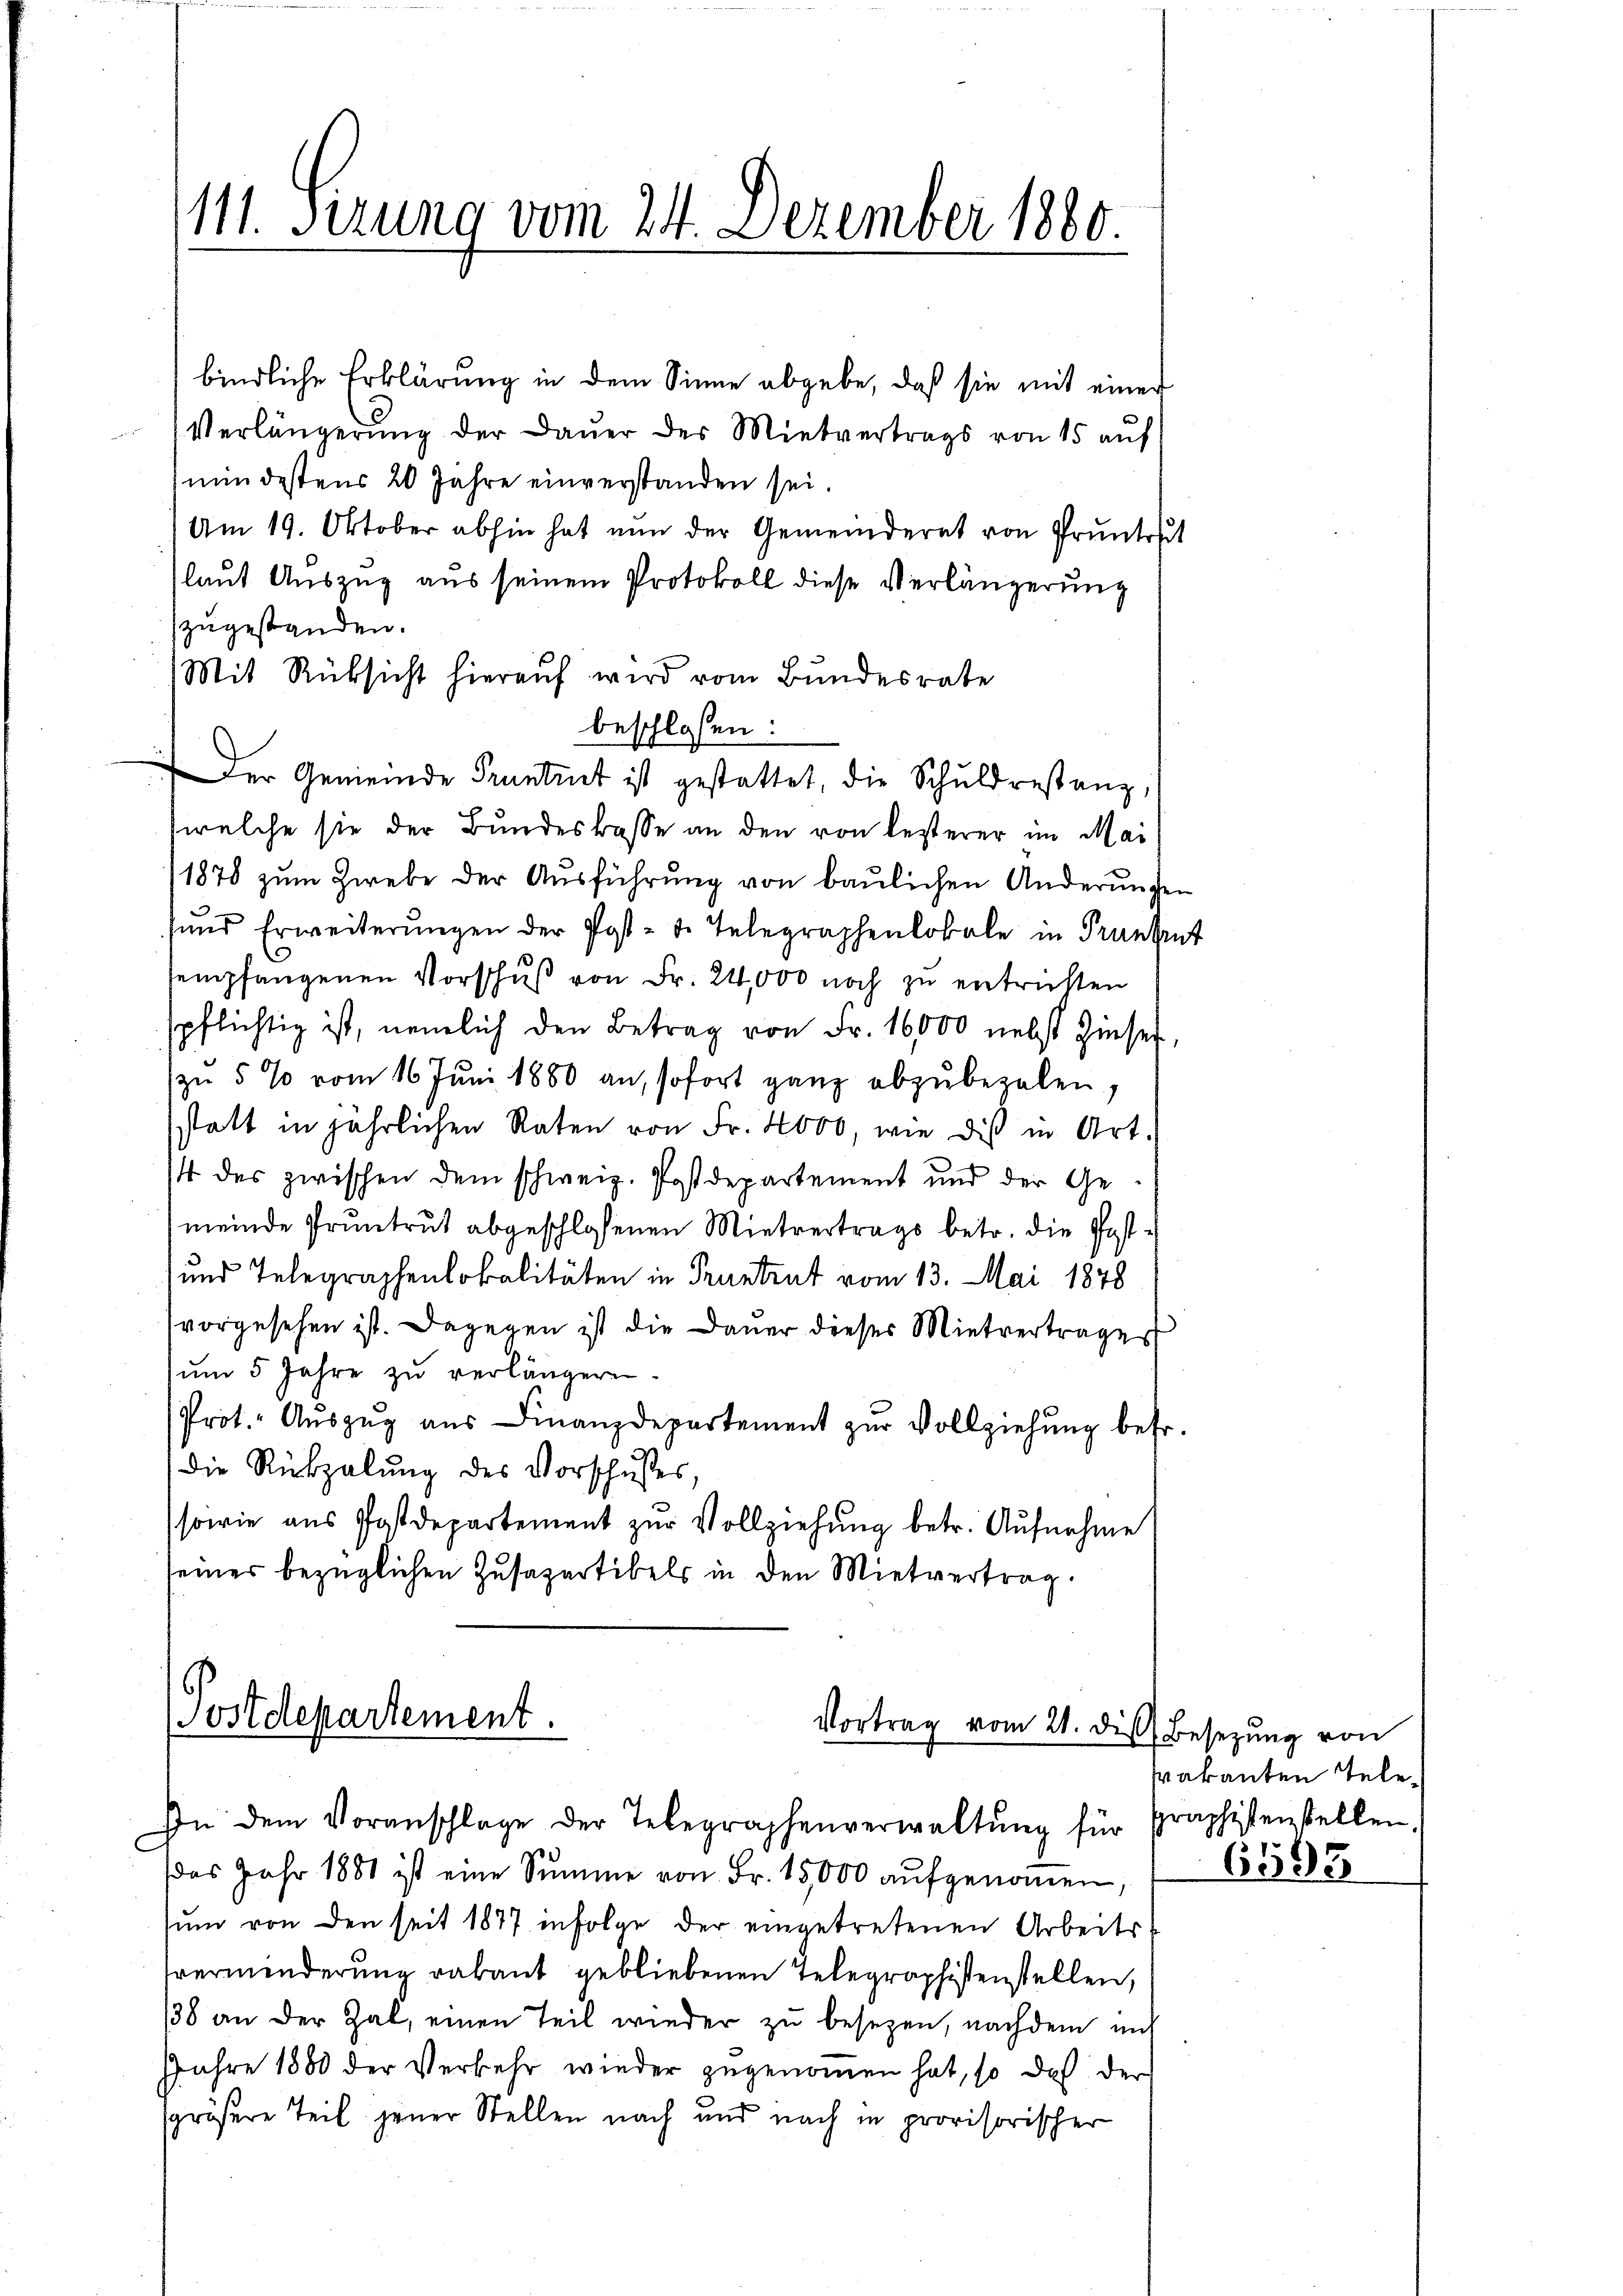
bindliche Erklärung in dem Sinne abgebe, daß sie mit einer
Verlängerŭng der Daŭer des Mietvertrags von 15 aŭf
mindestens 20 Jahre einverstanden sei.
Am 19. Oktober abhin hat nun der Gemeinderet von Pruntrut
laut Auszug aus seinem Protokoll diese Verlängerung
zugestanden.
Mit Rücksicht hierauf wird vom Bundesrate
beschlossen:
Der Gemeinde Pruntrut ist gestattet, die Schuldrestanz,
welche sie der Bundeskasse an den von lezterer im Mai
1878 zŭm Zwebe der Aŭsführŭng von baŭlichen Änderŭngen
sund Erweiterŭngen der Post- u. Telegraphenlokale in Frankent
sempfangenen Vorschuß von Fr. 24,000 noch zu entrichten
spflichtig ist, nemlich den Betrag von Fr. 16000 nebst Zinser,
zu 5 % vom 16. Juni 1880 an, sofort ganz abzubezalen,
statt in jährlichen Raten von Fr. 4000, wie dis in Art.
4 des zwischen dem schweiz. Postdepartement und der Gemeinde Pruntrut abgeschlossenen Mietvertrags betr. die Post¬
 und Telegraphenlokalitäten in Pruntrut vom 13. Mai 1878
vorgesehen ist. Dagegen ist die Dauer dieses Mietvertrages
ŭm 5 Jahre zŭ verlängern.
Prot. Aŭszŭg aŭs Finanzdepartement zŭr Vollziehŭng betr.
die Rückzalŭng des Vorschusses,
sowie aus Postdepartement zur Vollziehung betr. Aufnahme
seiner bezüglichen Zusapartikels in den Mietvertrag.

111. Serung vom 24. Dezember 1880.

das Jahr 1881 ist eine Summe von Fr. 15,000 aŭfgenoṁen,
sŭm von den seit 1877 infolge der eingetretenen Arbeits-
sverminderung vakant gebliebenen Telegraphistenstellen,
138 an der Zal, einen Teil wieder zu besezen, nachdem mit
Jahre 1880 der Verkehr wieder zugenommen hat, so daß der
sgrößere Teil jener Stellen nach und nach in provisorischer

(Postdepartement.
Vortrag vom 21. dis
In dem Voranschlage der Telegraphenverwaltŭng für Praphistenstellen.

Besetzung von
rakanten Tele¬

6195